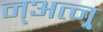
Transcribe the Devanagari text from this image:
न्अत्न्र्